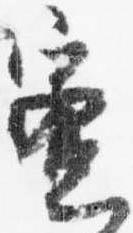
蜜